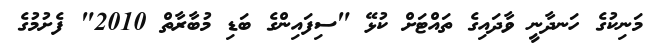
މަނިކުގެ ހަނދާނީ ވާދައިގެ ތައްޓަށް ކުޅޭ "ސިފައިންގެ ބަޑި މުބާރާތް 2010" ފެށުމުގެ